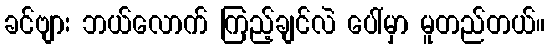
ခင်ဗျား ဘယ်လောက် ကြည့်ချင်လဲ ပေါ်မှာ မူတည်တယ်။